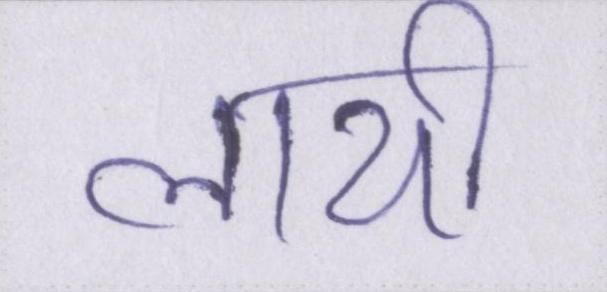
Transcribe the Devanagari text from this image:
लायी